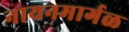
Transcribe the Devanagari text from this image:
नायनमार्गळ